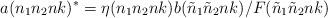
LaTeX: \begin{align*}a(n_1n_2nk)^*=\eta(n_1n_2nk) b({\tilde n}_1{\tilde n}_2nk)/F({\tilde n}_1{\tilde n}_2nk) \end{align*}